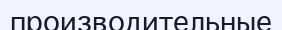
производительные